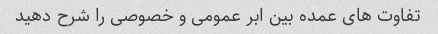
تفاوت های عمده بین ابر عمومی و خصوصی را شرح دهید